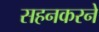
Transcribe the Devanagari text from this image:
सहनकरने